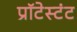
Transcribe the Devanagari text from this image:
प्रॉटेस्टंट